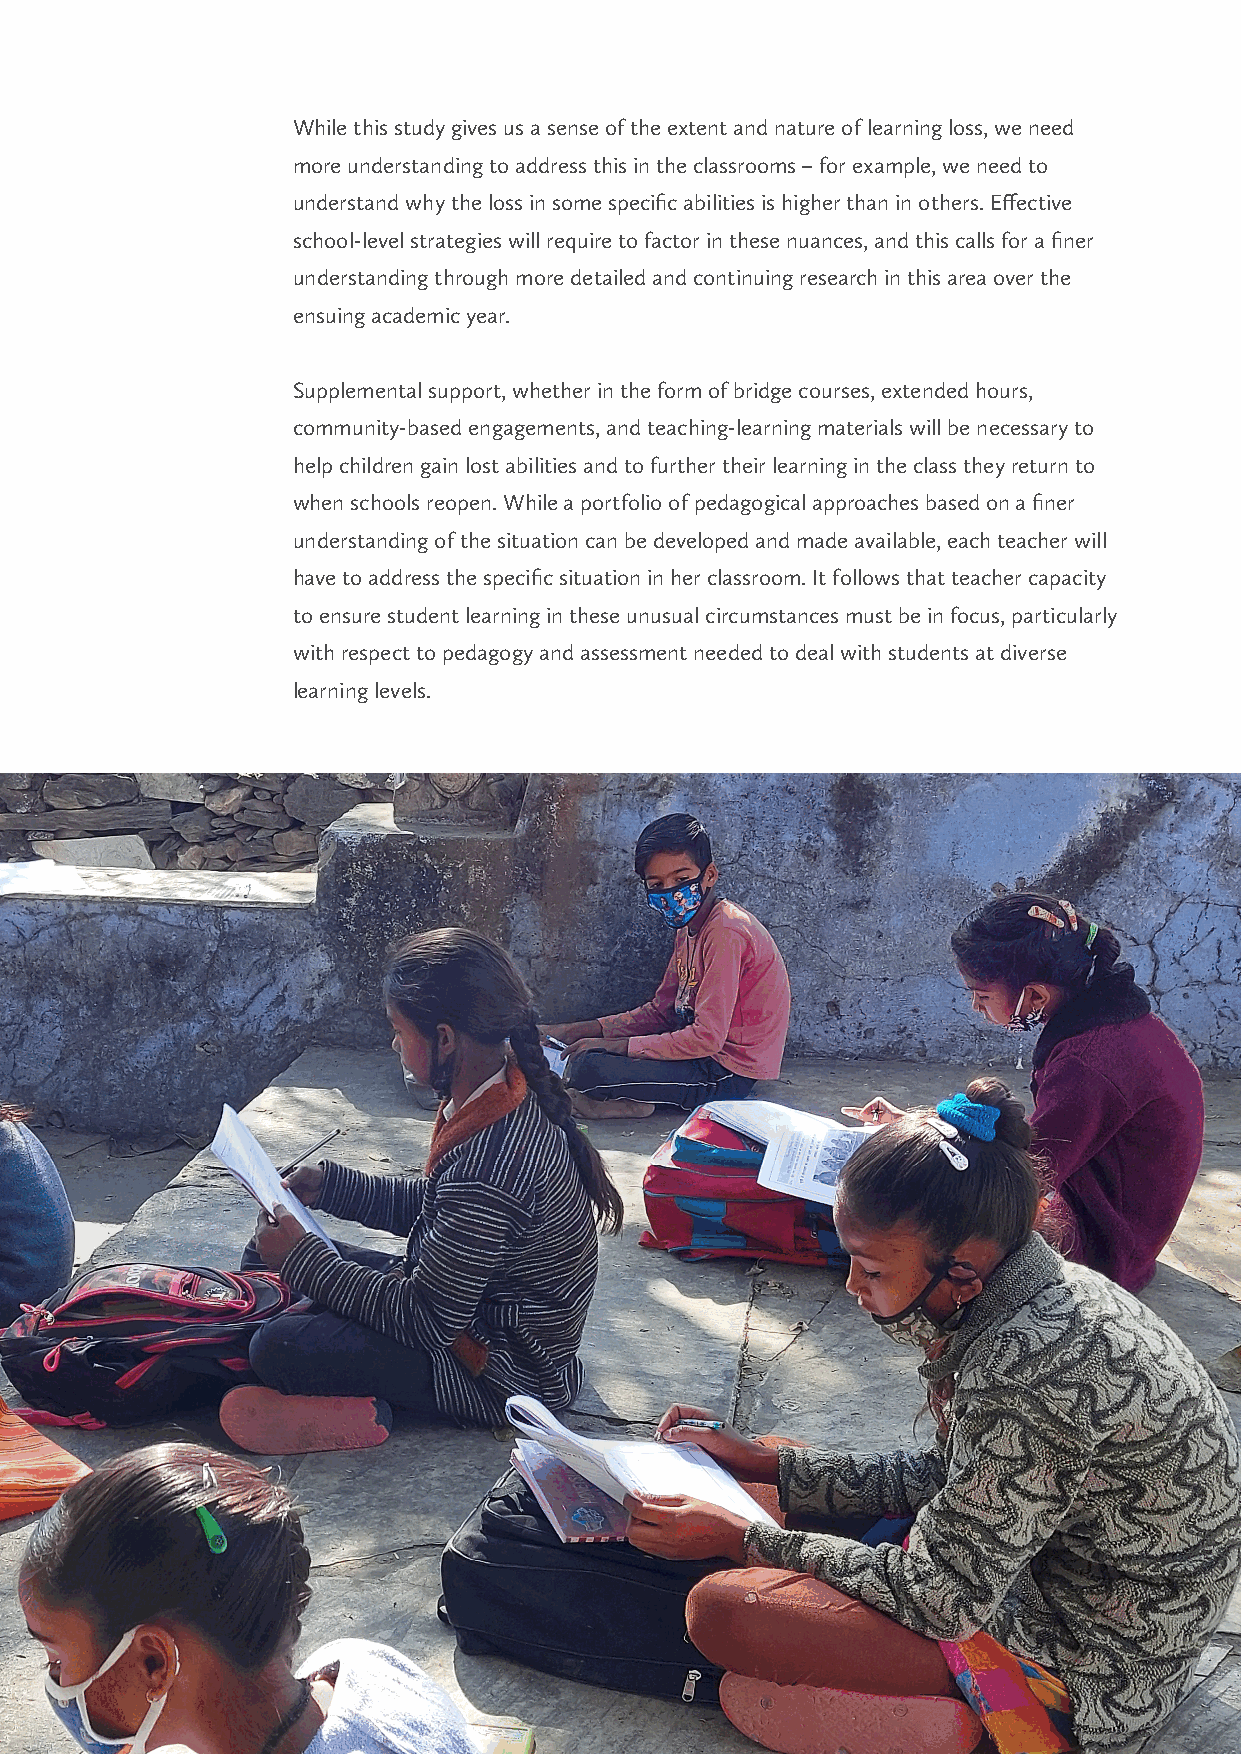
While this study gives us a sense of the extent and nature of learning loss, we need
 more understanding to address this in the classrooms – for example, we need to
 understand why the loss in some specific abilities is higher than in others. Effective
 school-level strategies will require to factor in these nuances, and this calls for a finer
 understanding through more detailed and continuing research in this area over the
 ensuing academic year.
 Supplemental support, whether in the form of bridge courses, extended hours,
 community-based engagements, and teaching-learning materials will be necessary to
 help children gain lost abilities and to further their learning in the class they return to
 when schools reopen. While a portfolio of pedagogical approaches based on a finer
 understanding of the situation can be developed and made available, each teacher will
 have to address the specific situation in her classroom. It follows that teacher capacity
 to ensure student learning in these unusual circumstances must be in focus, particularly
 with respect to pedagogy and assessment needed to deal with students at diverse
 learning levels.
 20